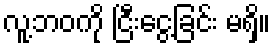
လူ့ဘဝကို ငြီးငွေ့ခြင်း မရှိ။